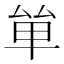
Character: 𠫹